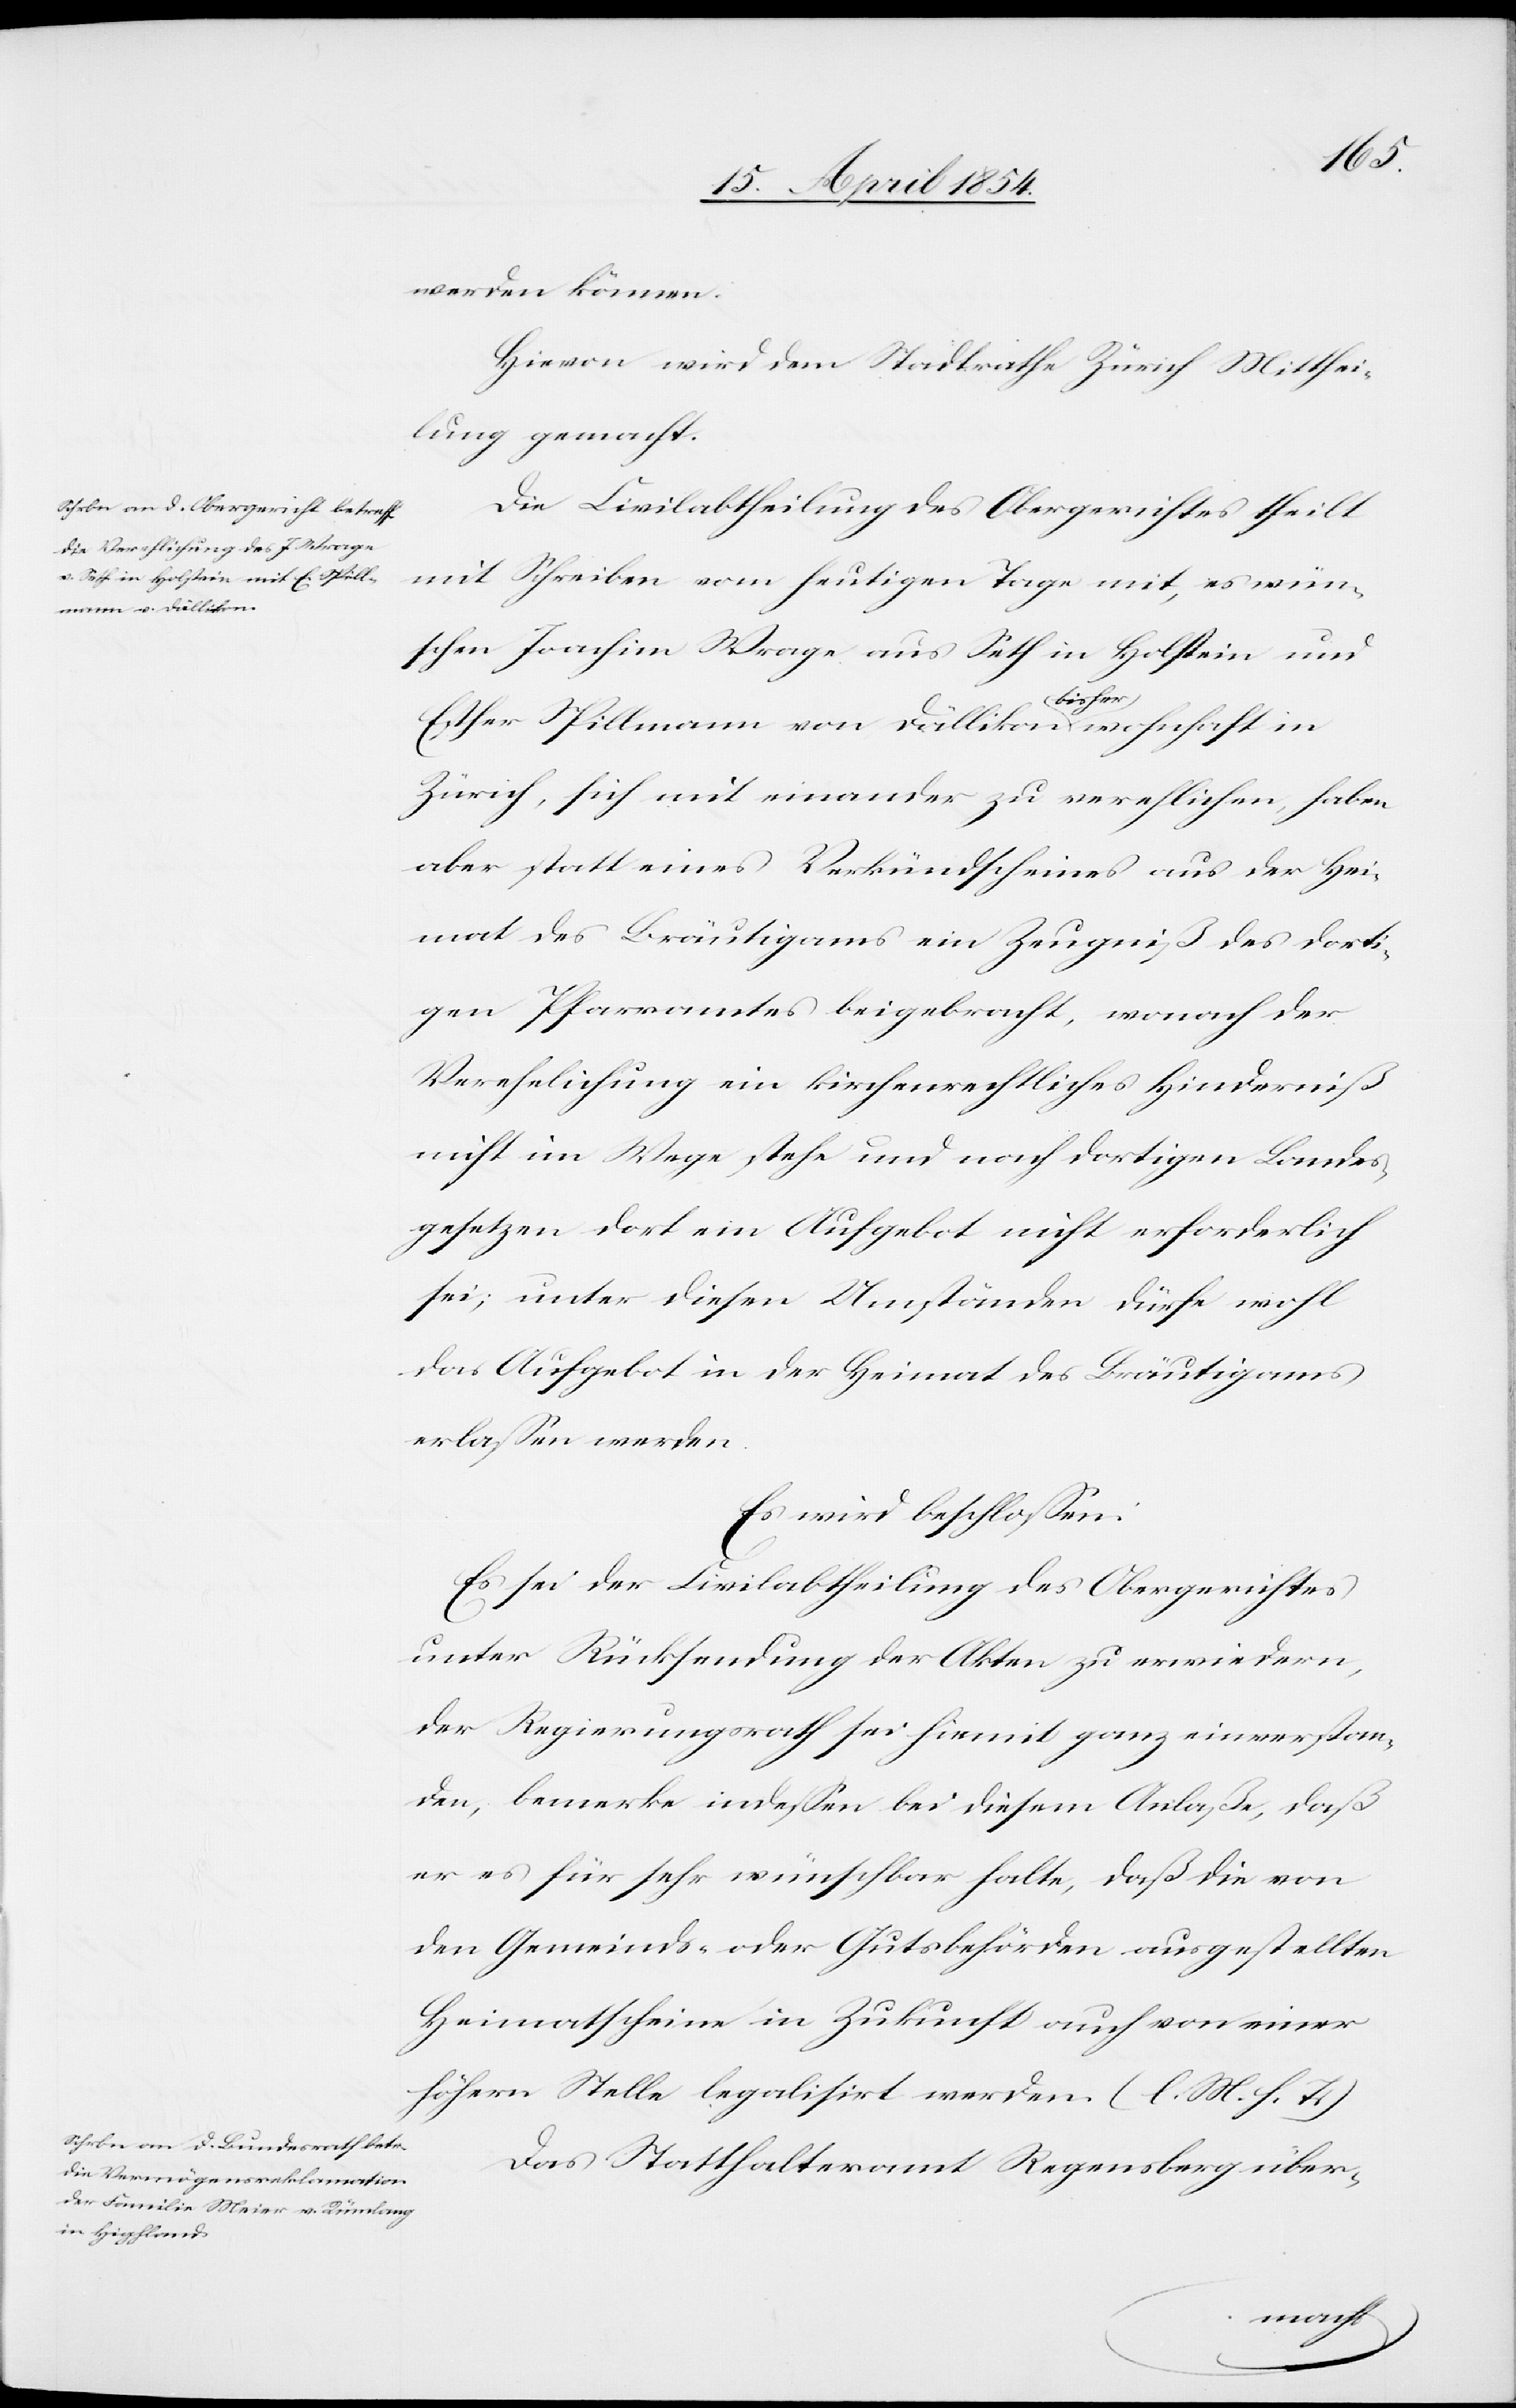
werden können.
Hievon wird dem Stadtrathe Zürich Mitthei¬
lung gemacht.
Die Civilabtheilung des Obergerichtes theilt
mit Schreiben vom heutigen Tage mit, es wün¬
schen Joachim Wrage aus Seth in Holstein und
Esther Spillmann von Dällikon a-bisher-a wohnhaft in
Zürich, sich mit einander zu verehelichen, haben
aber statt eines Verkündscheines aus der Hei¬
mat des Bräutigams ein Zeugniß des dorti¬
gen Pfarramtes beigebracht, wonach der
Verehelichung ein kirchenrechtliches Hinderniß
nicht im Wege stehe und nach dortigen Landes¬
gesetzen dort ein Aufgebot nicht erforderlich
sei; unter diesen Umständen dürfe wohl
das Aufgebot in der Heimat des Bräutigams
erlaßen werden.
Es wird beschloßen:
Es sei der Civilabtheilung des Obergerichtes
unter Rücksendung der Akten zu erwiedern,
der Regierungsrath sei hiemit ganz einverstan¬
den, bemerkte indeßen bei diesem Anlaße, daß
er es für sehr wünschbar halte, daß die von
den Gemeinds- oder Gutsbehörden ausgestellten
Heimatscheine in Zukunft auch von einer
höhern Stelle legalisirt werden. (l. M. h. T.)
Das Statthalteramt Regensberg über-